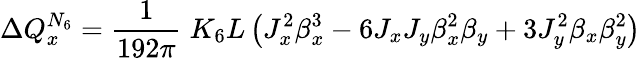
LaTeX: \Delta Q_{x}^{N_{6}}=\frac{1}{192\pi}\; K_{6}L\left(J_{x}^{2}\beta_{x}^{3}-6J_{x}J_{y}\beta_{x}^{2}\beta_{y}+3J_{y}^{2}\beta_{x}\beta_{y}^{2}\right)